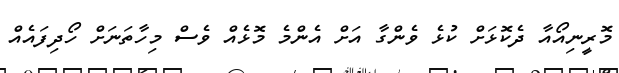
މޮރީނިއޯއާ ދެކޮޅަށް ކުޅެ ވެންގާ އަށް އެންމެ މޮޅެއް ވެސް މިހާތަނަށް ހޯދިފައެއް